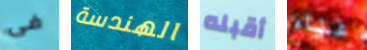
فى الهندسة أقبله غناء